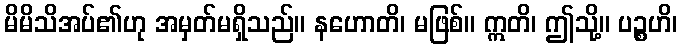
မိမိသိအပ်၏ဟု အမှတ်မရှိသည်။ နဟောတိ၊ မဖြစ်။ ဣတိ၊ ဤသို့။ ပဉ္စဟိ၊